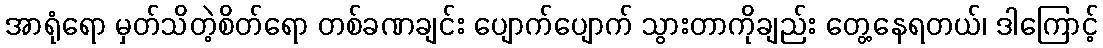
အာရုံရော မှတ်သိတဲ့စိတ်ရော တစ်ခဏချင်း ပျောက်ပျောက် သွားတာကိုချည်း တွေ့နေရတယ်၊ ဒါကြောင့်